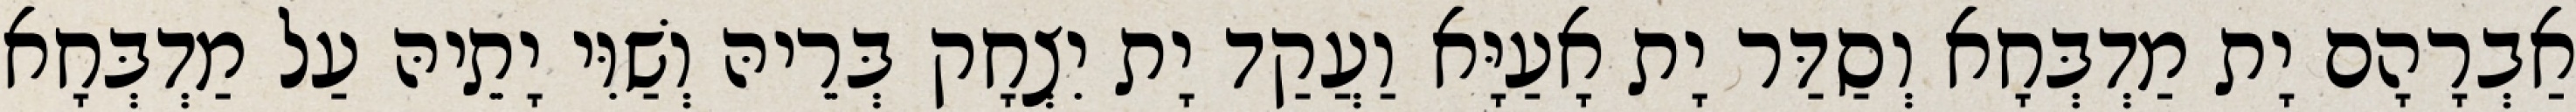
אַבְרָהָם יָת מַדְבְּחָא וְסַדַּר יָת אָעַיָּא וַעֲקַד יָת יִצְחָק בְּרֵיהּ וְשַׁוִּי יָתֵיהּ עַל מַדְבְּחָא